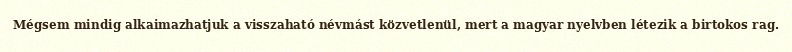
Mégsem mindig alkaimazhatjuk a visszaható névmást közvetlenül, mert a magyar nyelvben létezik a birtokos rag.